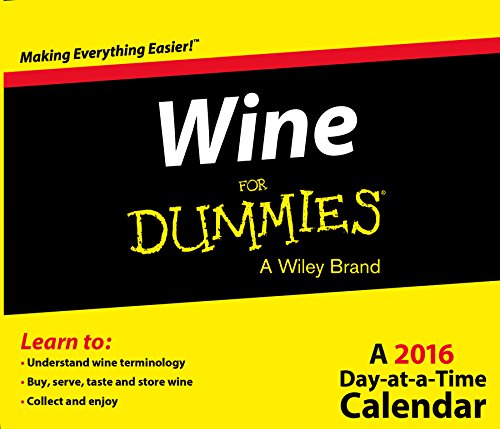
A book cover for Wine For Dummies Day At A Time 2016 Box Calendar; Trends International; Calendars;